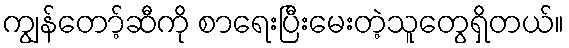
ကျွန်တော့်ဆီကို စာရေးပြီးမေးတဲ့သူတွေရှိတယ်။